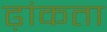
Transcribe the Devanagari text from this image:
ढ़ांकता